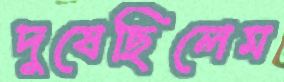
দুষেছিলেম